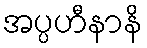
အပ္ပဟီနာနိ